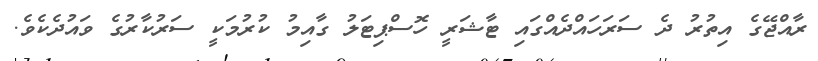
ރާއްޖޭގެ އިތުރު ދެ ސަރަހައްދެއްގައި ޓާޝަރީ ހޮސްޕިޓަލު ގާއިމު ކުރުމަކީ ސަރުކާރުގެ ވައުދެކެވެ.